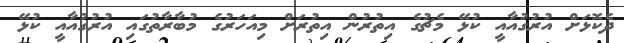
ދެކޮޅަށް އުރުގުއާއީ ކުޅޭ މެޗުގެ އިތުރުން އިތުރަށް މިއަހަރުގެ މުބާރާތުގައި އުރުގުއާއީ ކުޅޭ